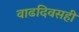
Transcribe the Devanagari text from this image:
वाढदिवसही